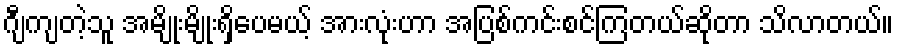
ဂျီကျတဲ့သူ အမျိုးမျိုးရှိပေမယ့် အားလုံးဟာ အပြစ်ကင်းစင်ကြတယ်ဆိုတာ သိလာတယ်။